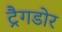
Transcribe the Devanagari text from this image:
ट्रैगडोर